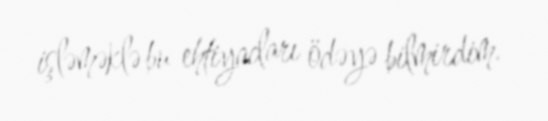
işləməklə bu ehtiyacları ödəyə bilmirdim.